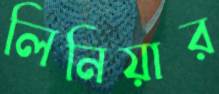
লিনিয়ার